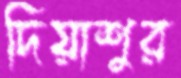
দিয়াশুর